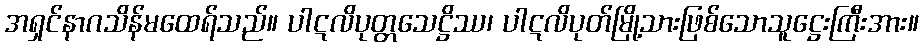
အရှင်နာဂသိန်မထေရ်သည်။ ပါဋလိပုတ္တသေဋ္ဌိဿ၊ ပါဋလိပုတ်မြို့သားဖြစ်သောသူဋ္ဌေးကြီးအား။